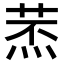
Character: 𦱷